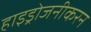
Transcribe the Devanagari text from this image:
हाइड्रोजनीकरन